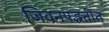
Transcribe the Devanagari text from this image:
जिवनपद्धतीत